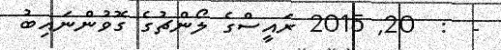
-  :  20